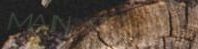
MAIN ST